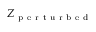
Z _ { \mathrm { ~ p ~ e ~ r ~ t ~ u ~ r ~ b ~ e ~ d ~ } }